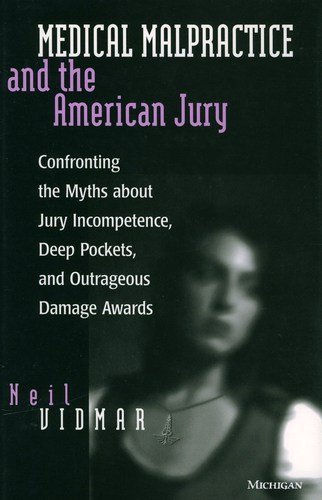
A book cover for Medical Malpractice and the American Jury: Confronting the Myths about Jury Incompetence, Deep Pockets, and Outrageous Damage Awards; Neil Vidmar; Law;